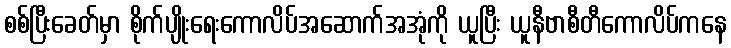
စစ်ပြီးခေတ်မှာ စိုက်ပျိုးရေးကောလိပ်အဆောက်အအုံကို ယူပြီး ယူနီဗာစီတီကောလိပ်ကနေ